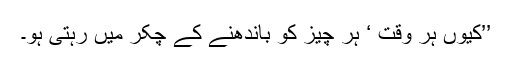
’’کیوں ہر وقت ‘ ہر چیز کو باندھنے کے چکر میں رہتی ہو۔